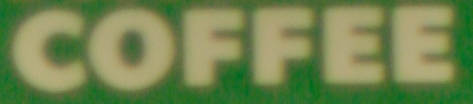
COFFEE